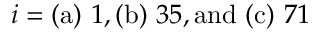
i = \mathrm { ( a ) } ~ 1 , \mathrm { ( b ) } ~ 3 5 , \mathrm { a n d ~ ( c ) } ~ 7 1